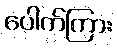
ပေါက်ကြား